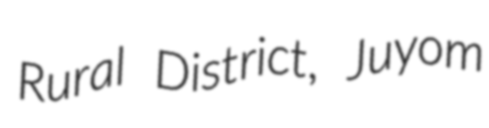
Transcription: Rural District, Juyom